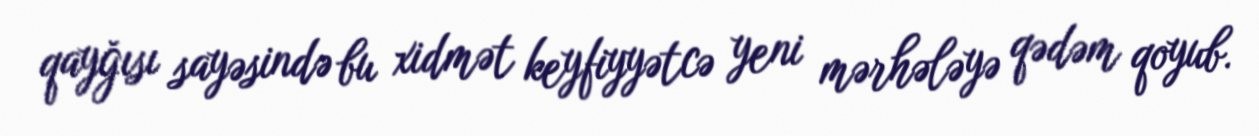
qayğısı sayəsində bu xidmət keyfiyyətcə yeni mərhələyə qədəm qoyub.